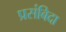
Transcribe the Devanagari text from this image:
प्रसंबिदा